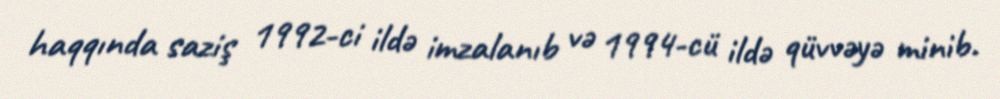
haqqında saziş 1992-ci ildə imzalanıb və 1994-cü ildə qüvvəyə minib.